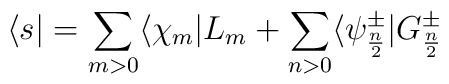
\langle s| = \sum_{m>0} \langle \chi_m| L_m +	\sum_{n>0} \langle \psi^\pm_{n\over2}| G^\pm_{n\over2}